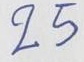
25